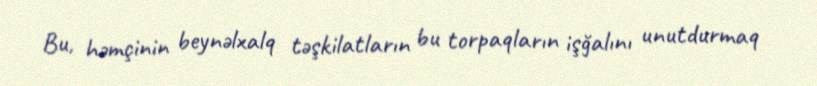
Bu, həmçinin beynəlxalq təşkilatların bu torpaqların işğalını unutdurmaq